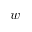
w